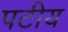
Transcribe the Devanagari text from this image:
पटीय